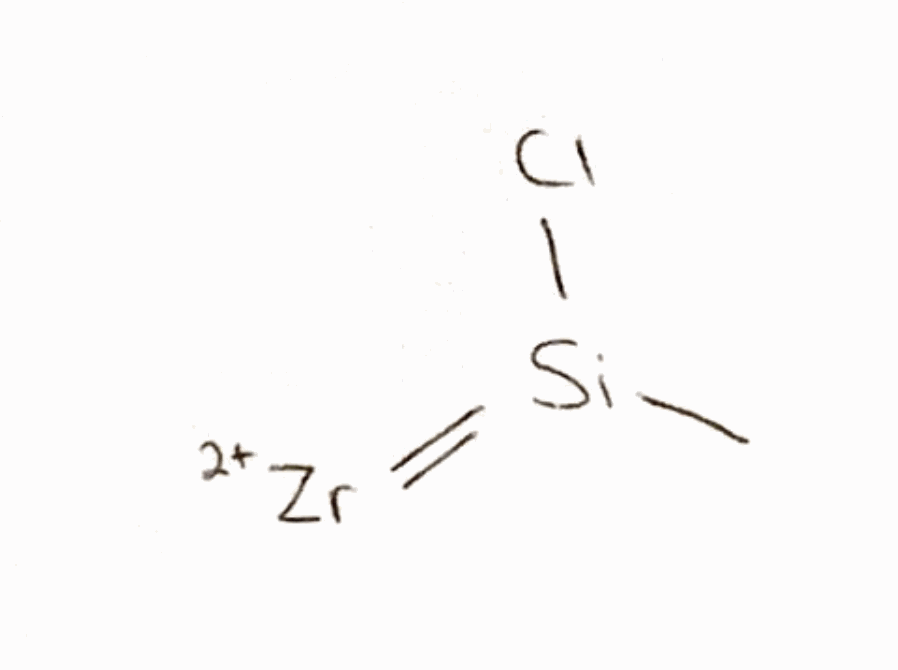
Simplified molecular-input line-entry system (SMILES) notation of the given molecule:
C[Si](=[Zr+2])Cl